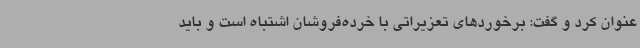
عنوان کرد و گفت: برخوردهای تعزیراتی با خرده‌فروشان اشتباه است و باید